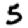
Digit: 5